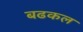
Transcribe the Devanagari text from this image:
बढकल